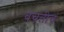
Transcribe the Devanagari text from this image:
बचतीचं